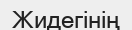
Жидегінің